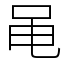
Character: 黾